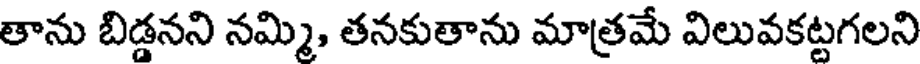
తాను బిడ్డనని నమ్మి, తనకుతాను మాత్రమే విలువకట్టగలని